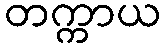
တက္ကာယ